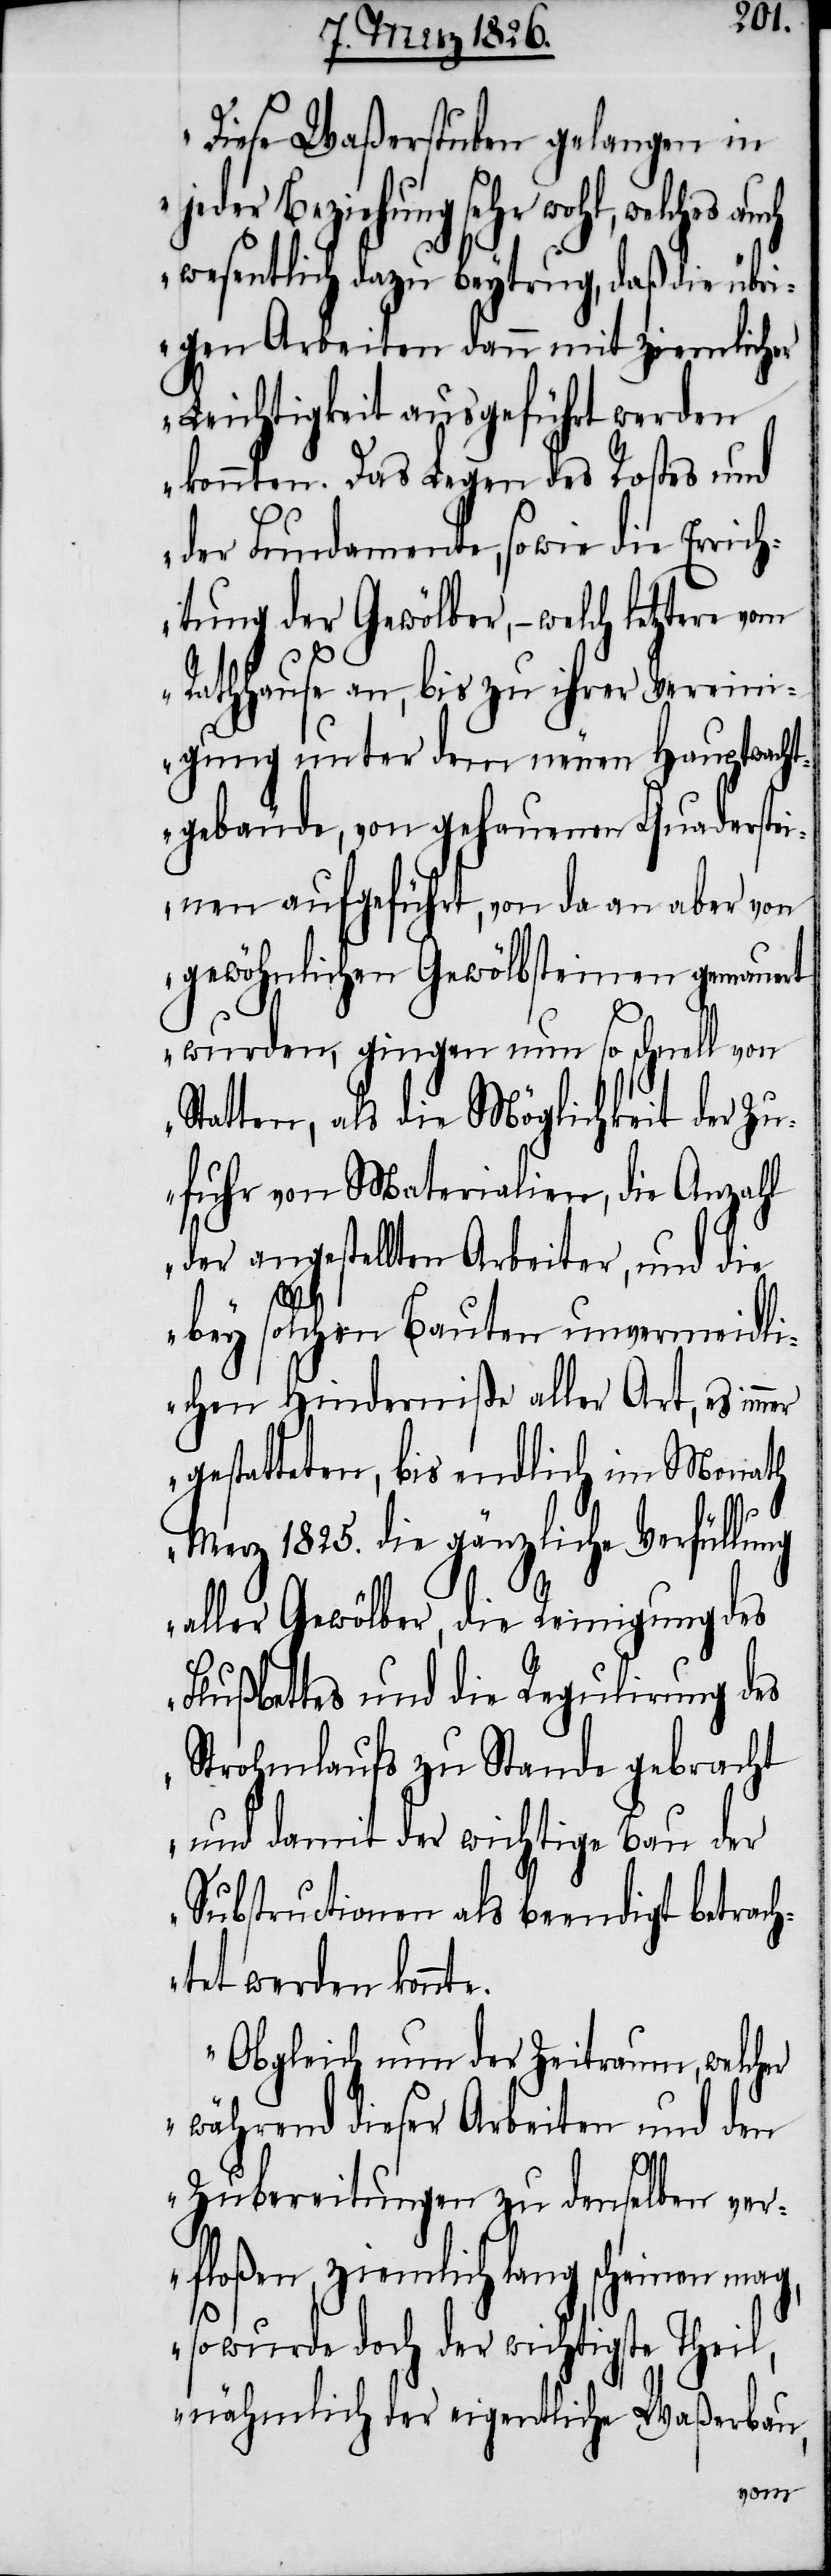
Diese Waßerstuben gelangen in
jeder Beziehung sehr wohl,
wesentlich dazu beytrug, das die übri¬
gen Arbeiten dann mit ziemlicher
Leichtigkeit ausgeführt werden
konnten. Das Legen des Rostes und
der Fundamente, sowie die Erric¬
htung der Gewölber, – welch letztere vom
Rathhause an, bis zu ihrer Vereini¬
gung unter dem neuen Hauptwacht¬
gebäude, von gehauenen Quaderstei¬
nen aufgeführt, von da an aber von
gewöhnlichen Gewölbsteinen gemauert
wurden, gingen nun so schnell von
Statten, als die Möglichkeit der Zu¬
fuhr von Materialien, die Anzahl
der angestellten Arbeiter, und die
bey solchen Bauten unvermeidli¬
chen Hinderniße aller Art, es immer
gestatteten, bis endlich im Monath
Merz 1825. die gänzliche Verhüllung
aller Gewölber, die Reinigung des
Flußbettes und die Regulirung des
Strohmlaufs zu Stande gebracht
und damit der wichtige Bau der
Substructionen als beendigt betrach¬
tet werden konnte.
Obgleich nun der Zeitraum, welcher
während dieser Arbeiten und den
Zubereitungen zu denselben ver¬
floßen, ziemlich lang scheinen mag,
so wurde doch der wichtigste Theil,
nähmlich der eigentliche Waßerbau,